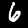
Label: 6